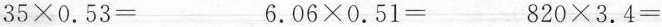
35\times0.53= 6.06\times0.51= 820\times3.4=